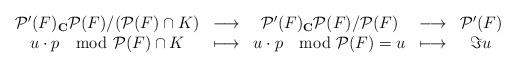
LaTeX: \begin{align*}\begin{array}{ccccc} \mathcal{P}'(F)_\mathbf{C}\mathcal{P}(F)/(\mathcal{P}(F)\cap K)&\longrightarrow& \mathcal{P}'(F)_\mathbf{C}\mathcal{P}(F)/\mathcal{P}(F)&\longrightarrow& \mathcal{P}'(F)\\ u\cdot p \mod \mathcal{P}(F)\cap K &\longmapsto& u\cdot p \mod \mathcal{P}(F)=u &\longmapsto& \Im{u}\end{array}\end{align*}